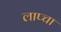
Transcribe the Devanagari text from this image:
लाप्चा